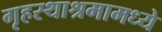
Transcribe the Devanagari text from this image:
गृहस्थाश्रमामध्ये